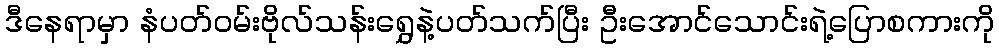
ဒီနေရာမှာ နံပတ်ဝမ်းဗိုလ်သန်းရွှေနဲ့ပတ်သက်ပြီး ဦးအောင်သောင်းရဲ့ပြောစကားကို